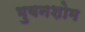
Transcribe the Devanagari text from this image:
भुवनशोम